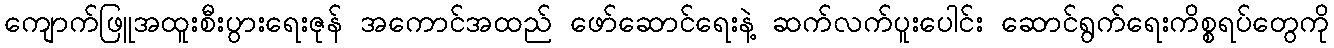
ကျောက်ဖြူအထူးစီးပွားရေးဇုန် အကောင်အထည် ဖော်ဆောင်ရေးနဲ့ ဆက်လက်ပူးပေါင်း ဆောင်ရွက်ရေးကိစ္စရပ်တွေကို